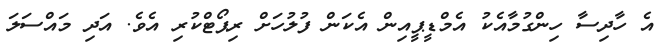
އެ ހާދިސާ ހިންގުމާއެކު އެމްޑީޕީއިން އެކަން ފުލުހަށް ރިޕޯޓްކުރި އެވެ. އަދި މައްސަލަ